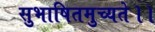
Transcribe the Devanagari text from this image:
सुभाषितमुच्यते।।